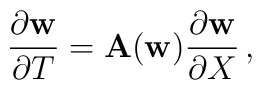
{\partial {\bf w} \over \partial T} = {\bf A}({\bf w}){\partial {\bf w} \over \partial X}\,,